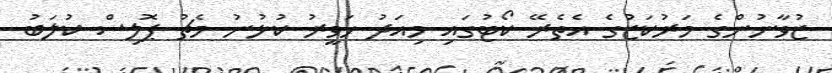
ޒުވާނުންގެ މަރުކަޒުގެ އެތެރޭ ކޯޓުގައި މިއަދު ހަވީރު ކުޅުނު މެޗު ޕޮލިސް ކުލަބު